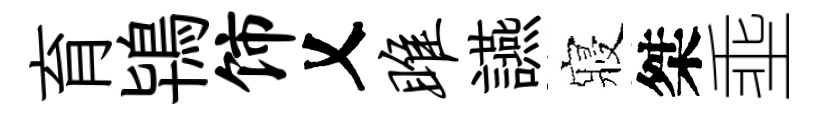
育鴇饰乂雎讌寢桀埀